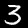
Digit: 3